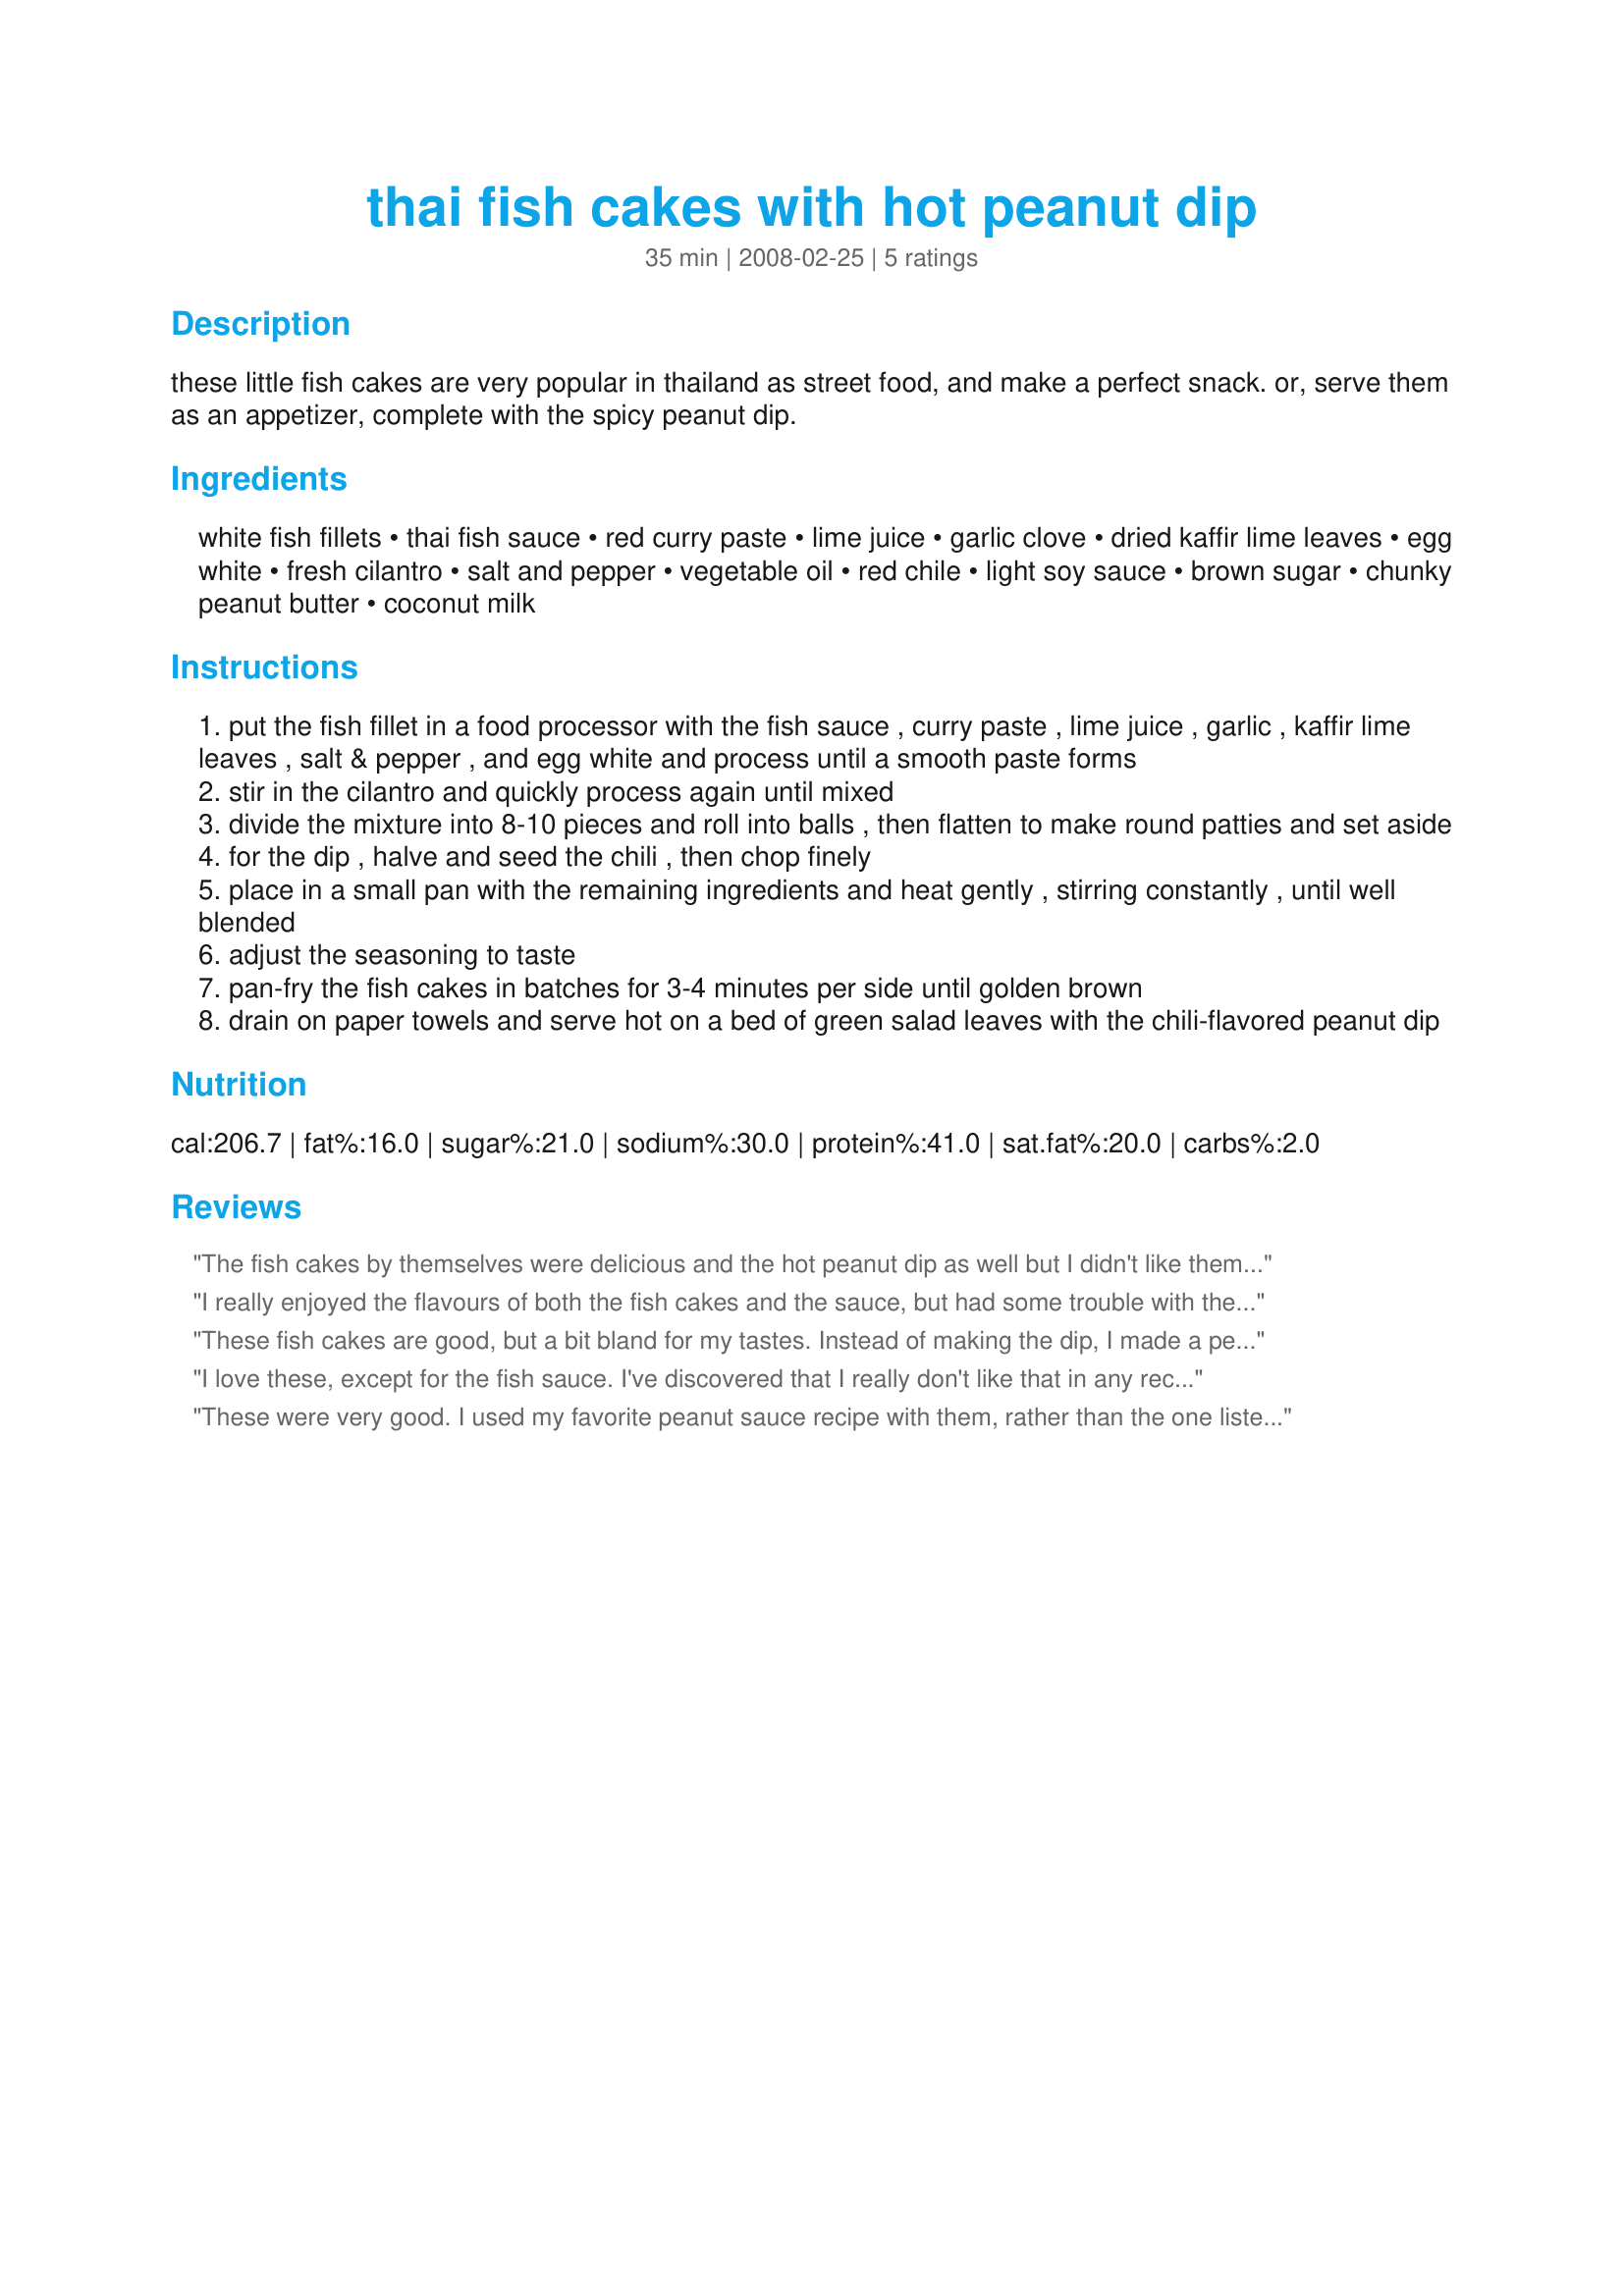
thai fish cakes with hot peanut dip
Preparation time: 35 minutes

these little fish cakes are very popular in thailand as street food, and make a perfect snack. or, serve them as an appetizer, complete with the spicy peanut dip.

Ingredients:
white fish fillets, thai fish sauce, red curry paste, lime juice, garlic clove, dried kaffir lime leaves, egg white, fresh cilantro, salt and pepper, vegetable oil, red chile, light soy sauce, brown sugar, chunky peanut butter, coconut milk

Steps:
put the fish fillet in a food processor with the fish sauce , curry paste , lime juice , garlic , kaffir lime leaves , salt & pepper , and egg white and process until a smooth paste forms
stir in the cilantro and quickly process again until mixed
divide the mixture into 8-10 pieces and roll into balls , then flatten to make round patties and set aside
for the dip , halve and seed the chili , then chop finely
place in a small pan with the remaining ingredients and heat gently , stirring constantly , until well blended
adjust the seasoning to taste
pan-fry the fish cakes in batches for 3-4 minutes per side until golden brown
drain on paper towels and serve hot on a bed of green salad leaves with the chili-flavored peanut dip

Reviews:
The fish cakes by themselves were delicious and the hot peanut dip as well but I didn't like them together. We end it up using Mae Ploy chili sauce diluted in a little bit of rice vinegar for the dipping sauce.
Be careful with the salt and pepper, since the fish sauce is very salty and the red curry could be quite spicy.
I really enjoyed the flavours of both the fish cakes and the sauce, but had some trouble with the texture of the fish cakes, finding them too sloppy to form. I added some rice crumbs and that helped. Overall a delicious dish that I will make again.
These fish cakes are good, but a bit bland for my tastes. Instead of making the dip, I made a peanut-pineapple juice dressing and served everything on a Thai-inspired salad. Everything came together quite well. Thanks for sharing.
I love these, except for the fish sauce. I've discovered that I really don't like that in any recipe. I think I just can't get past the smell during cooking :). When I leave it out, these are perfect little bites of tastiness. Thanks for sharing. Made for Aussie Swap June 2009.
These were very good. I used my favorite peanut sauce recipe with them, rather than the one listed. The fish cakes were yummy- had never thought of having them with peanut sauce. Will definitely make these again! Thanks!
